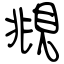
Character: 覜